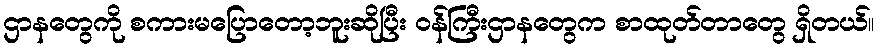
ဌာနတွေကို စကားမပြောတော့ဘူးဆိုပြီး ဝန်ကြီးဌာနတွေက စာထုတ်တာတွေ ရှိတယ်။